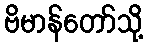
ဗိမာန်တော်သို့